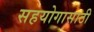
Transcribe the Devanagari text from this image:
सहयोगासाठी